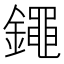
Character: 𨭘